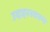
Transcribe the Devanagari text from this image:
उदाहरस्वरूप